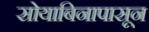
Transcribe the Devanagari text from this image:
सोयाबिनापासून